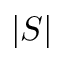
\vert S \vert